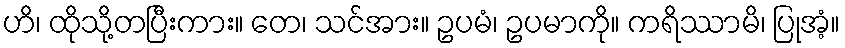
ဟိ၊ ထိုသို့တပြီးကား။ တေ၊ သင်အား။ ဥပမံ၊ ဥပမာကို။ ကရိဿာမိ၊ ပြုအံ့။